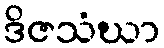
ဒိဇသံဃာ